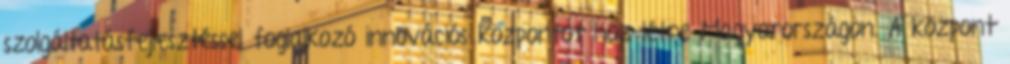
szolgáltatásfejlesztéssel foglalkozó innovációs központot hoz létre Magyarországon. A központ